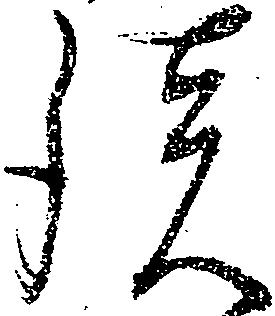
談